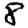
Digit: 8